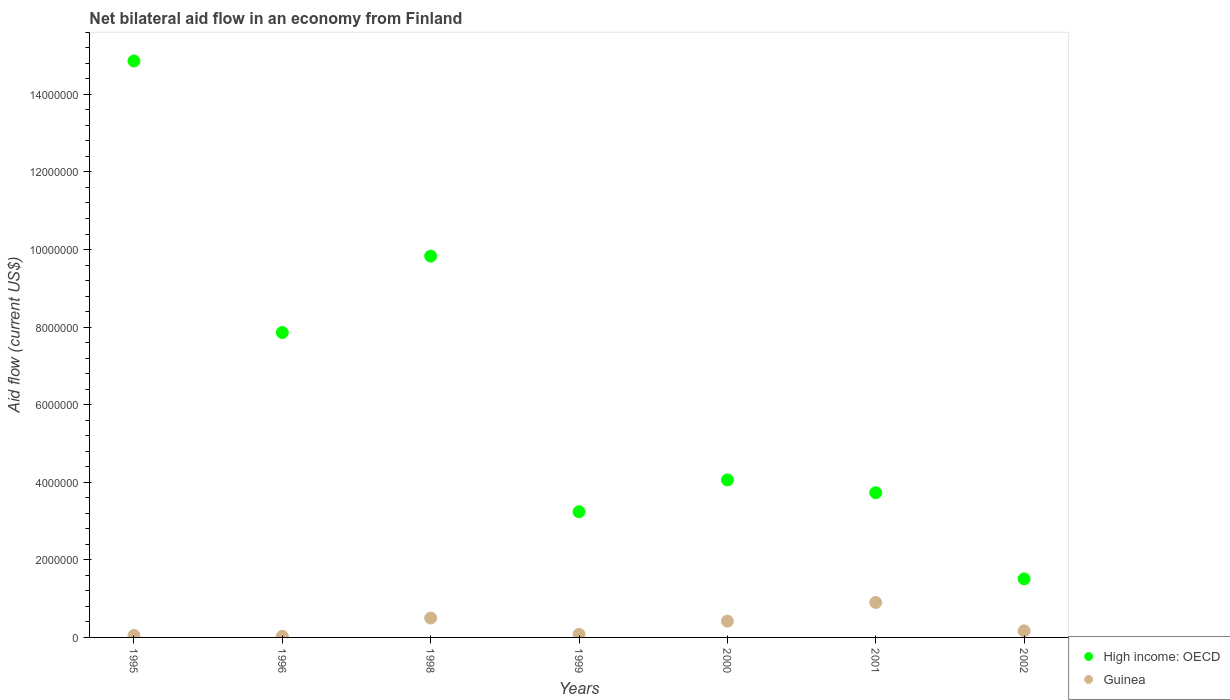
| Years | High income: OECD | Guinea |
 | --- | --- | --- |
 | 1995 | 1.49e+07 | 5e+04 |
 | 1996 | 7.86e+06 | 3e+04 |
 | 1998 | 9.83e+06 | 5e+05 |
 | 1999 | 3.24e+06 | 8e+04 |
 | 2000 | 4.06e+06 | 4.2e+05 |
 | 2001 | 3.73e+06 | 9e+05 |
 | 2002 | 1.51e+06 | 1.7e+05 |